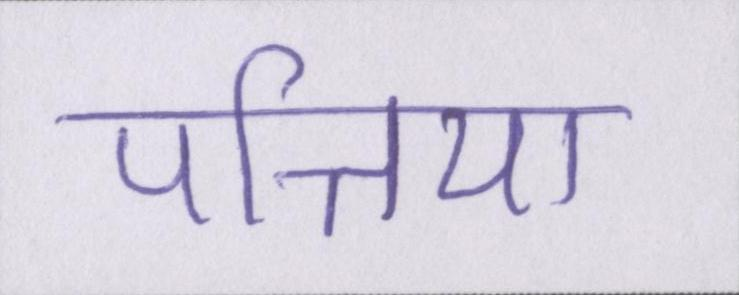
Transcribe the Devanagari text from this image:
पत्तिया